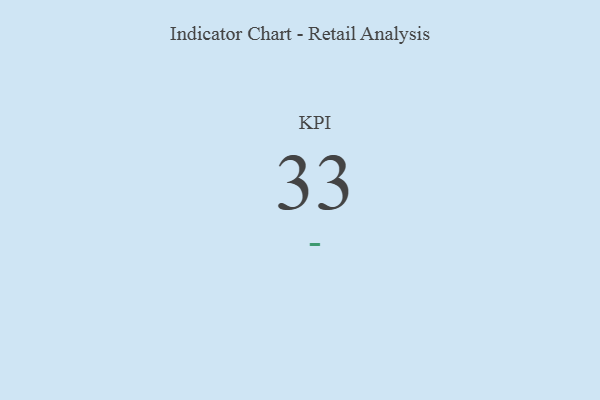
{"axis": {"x": "KPI", "y": "Value"}, "legend": [""], "data": [{"x": "KPI", "y": 33, "type": ""}]}